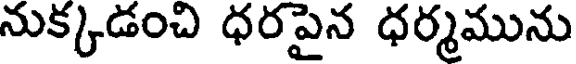
నుక్కడంచి ధరపైన ధర్మమును